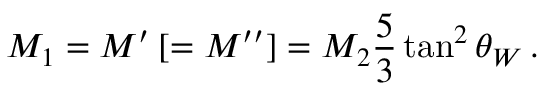
M _ { 1 } = M ^ { \prime } \: [ = M ^ { \prime \prime } ] = M _ { 2 } \frac { 5 } { 3 } \tan ^ { 2 } \theta _ { W } \, .